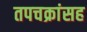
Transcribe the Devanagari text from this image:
तपचक्रांसह